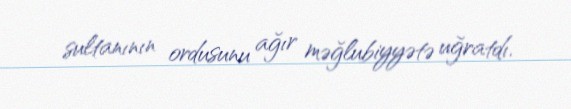
sultanının ordusunu ağır məğlubiyyətə uğratdı.